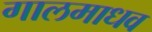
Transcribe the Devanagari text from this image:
गालमाधव